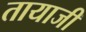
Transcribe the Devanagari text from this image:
तायाजी